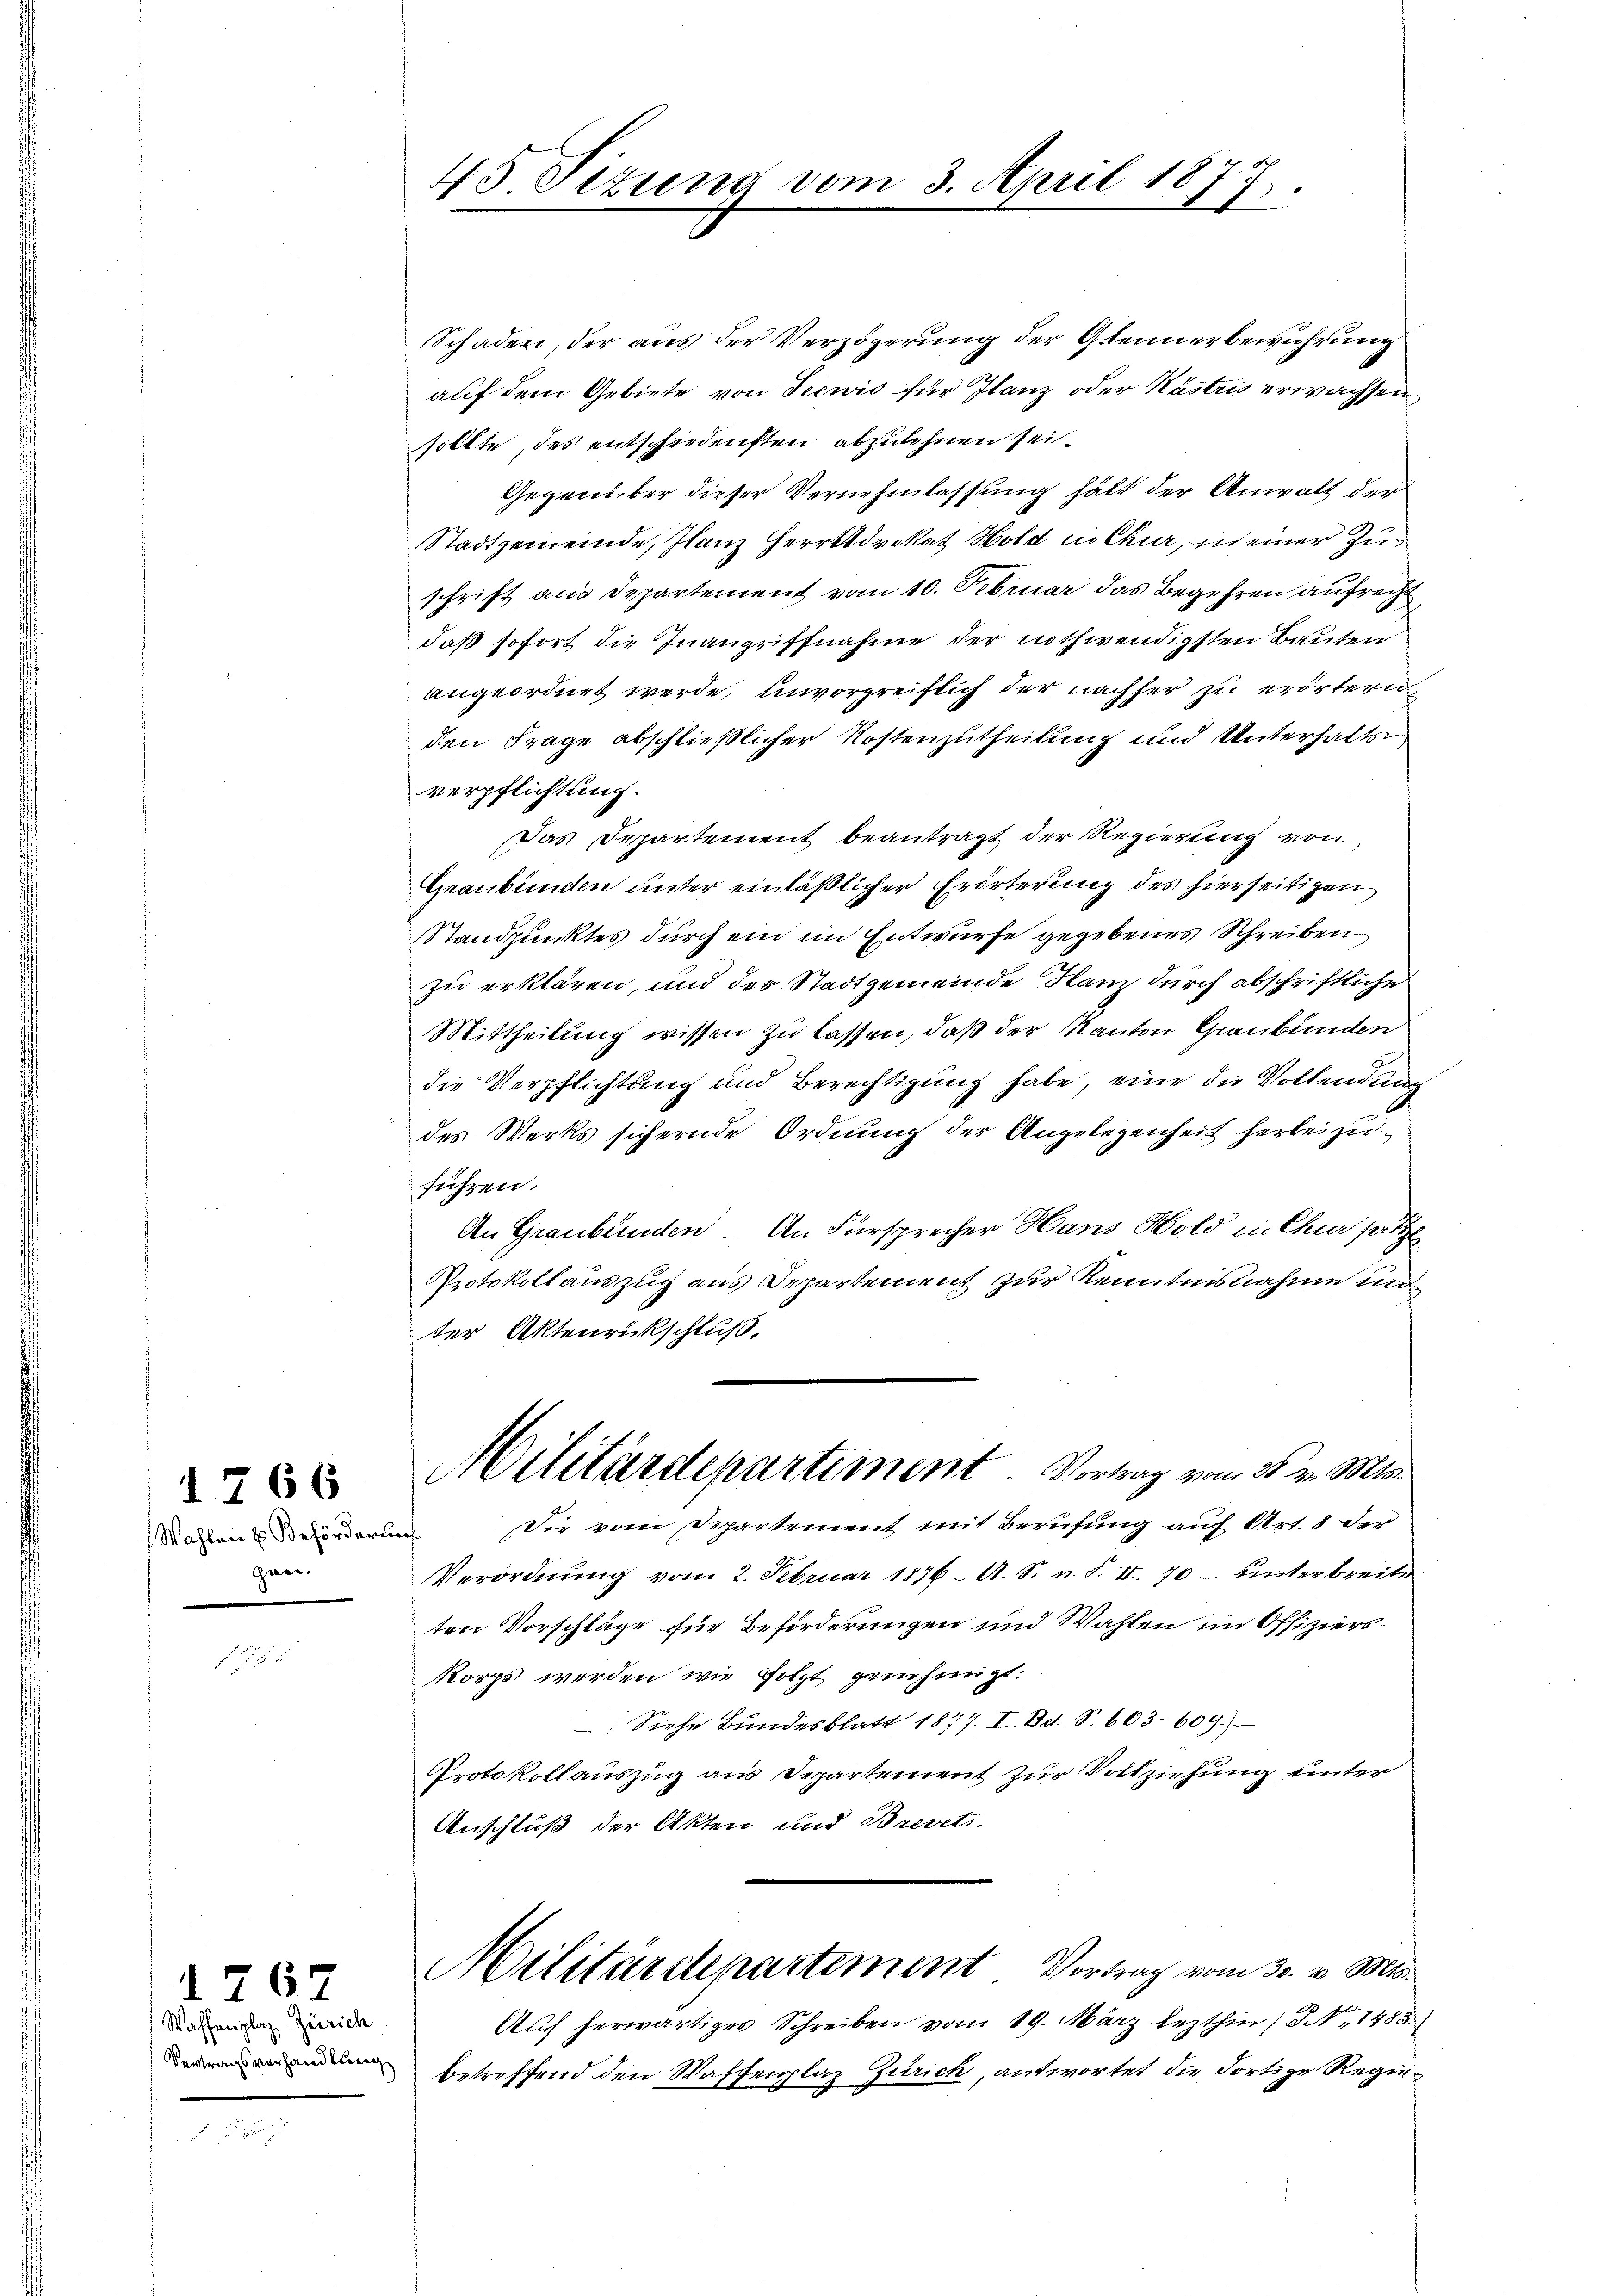
gwer.

1766

1267
 Waffenplaz, Zürich

45 Sizung vom 3. April 187
E

Schaden, der aus der Verzögerung der Gfennerbewuhrung
auf dem Gebiete von Seewis für Flanz oder Kästris erwachsen
sollte, des entschiedensten abzulehnen sei¬
Gegenüber dieser Vernehmlassung hält der Anwalt der
Stadtgemeinde, flanz Herrltdrokat Hold in Chur, in einer Zuschrift aus Departement vom 10. Februar das Begehren aufrecht
daß sofort die Inangriffnahme der nothwendigsten Bauten
angeordnet werde, unvorgreiflich der nachher zu erörtern
den Frage abschließlicher Kostenzutheilung und Unterhalts
verpflichtung.
Das Departement beantragt der Regierung von
Graubünden unter einläßlicher Erörterung des hierseitigen
Standpunktes durch ein im Entwurfe gegebenes Schreibenzu erklären, und der Stadtgemeinde Flanz durch abschriftliche
Mittheilung wissen zu lassen, daß der Kanton Graubünden
die Verpflichtung und Berechtigung habe, eine die Vollendung
des Werks sichernde Ordnung der Angelegenheit herbei zuführen.
An Graubünden - An Fürsprecher Hans Hold in Chur pr.
Protokollauszug aus Departement zur Kenntnisnahme un
ter Aktenrückschluß,
Militärdepartement Vortrag vom 25. v. Mts.
Mahlen worderung die vom Departement, mit Berufung auf Art. 8 der
Verordnung vom 2. Februar 1876. A. S. n. F. II. 70 – hinterbreite
ten Vorschläge für Beförderungen und Wahlen im Offizierskorps werden wie folgt genehmigt.
Siehe Bundesblatt 1877. I. Bd. S. 603. 609.)
Protokollauszug aus Departement zur Vollziehung unter
Anschluß der Akten und Brevets.
Militärdepartement Vortrag vom 30. v. Mts.
Auf herwärtiges Schreiben vom 19. März lezthin (N, 1485
 betreffend den Waffenplaz Zürich, antwortet die dortige Regie¬